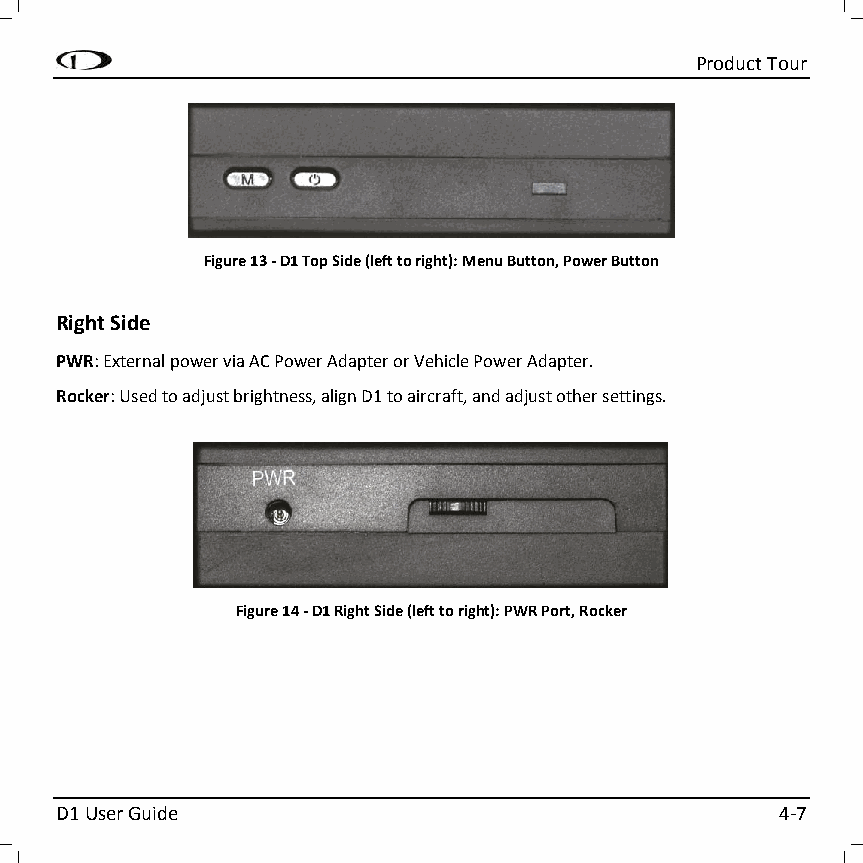
Product Tour
 Figure 13 - D1 Top Side (left to right): Menu Button, Power Button
 Right Side
 PWR: External power via AC Power Adapter or Vehicle Power Adapter.
 Rocker: Used to adjust brightness, align D1 to aircraft, and adjust other settings.
 Figure 14 - D1 Right Side (left to right): PWR Port, Rocker
 D1 User Guide                                   4-7